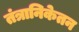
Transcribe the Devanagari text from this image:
तंत्रानिकेतन